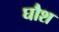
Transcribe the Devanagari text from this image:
घौश